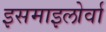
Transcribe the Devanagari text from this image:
इसमाइलोर्वा